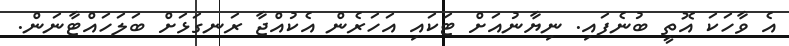
އެ ވާހަކަ އޮތީ ބުނެފައި. ނިޔާނުއަށް ޓަކައި އަހަރެން އެކުއްޖާ ރަނގަޅަށް ބަލަހައްޓާނަން.